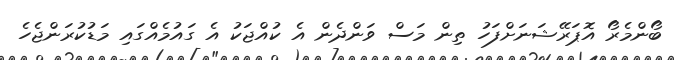
ބޯންމެރޯ އޮޕަރޭޝަނަށްފަހު ތިން މަސް ވަންދެން އެ ކުއްޖަކު އެ ގައުމެއްގައި މަޑުކުރަންޖެހެ